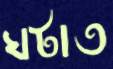
ঘটাত